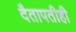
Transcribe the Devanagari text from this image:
दैतापतीही